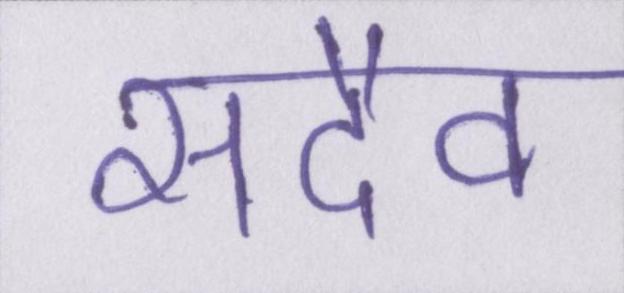
सदैव